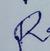
Signature authenticity: forged